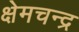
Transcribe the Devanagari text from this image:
क्षेमचन्‍द्र